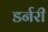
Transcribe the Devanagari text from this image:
डर्नरी